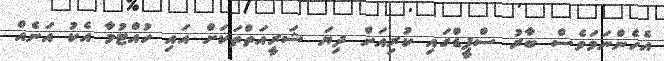
އެހެންނަމަވެސް ބާރު ސްޕީޑްގައި ކުރިއަށް ދިޔަ ޝަރީއަތްތަކަށް އައި ހުއްޓުމާ އެކު އަނެއް